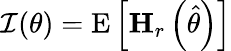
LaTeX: {\mathcal{I}}(\theta)=\mathrm{E}\left[\mathbf{H}_{r}\left({\widehat{\theta}}\right)\right]